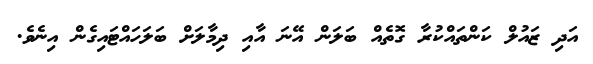
އަދި ޒައުލް ކަންތައްކުރާ ގޮތެއް ބަލަން އޭނަ އާއި ދިމާލަށް ބަލަހައްޓައިގެން އިނެވެ.